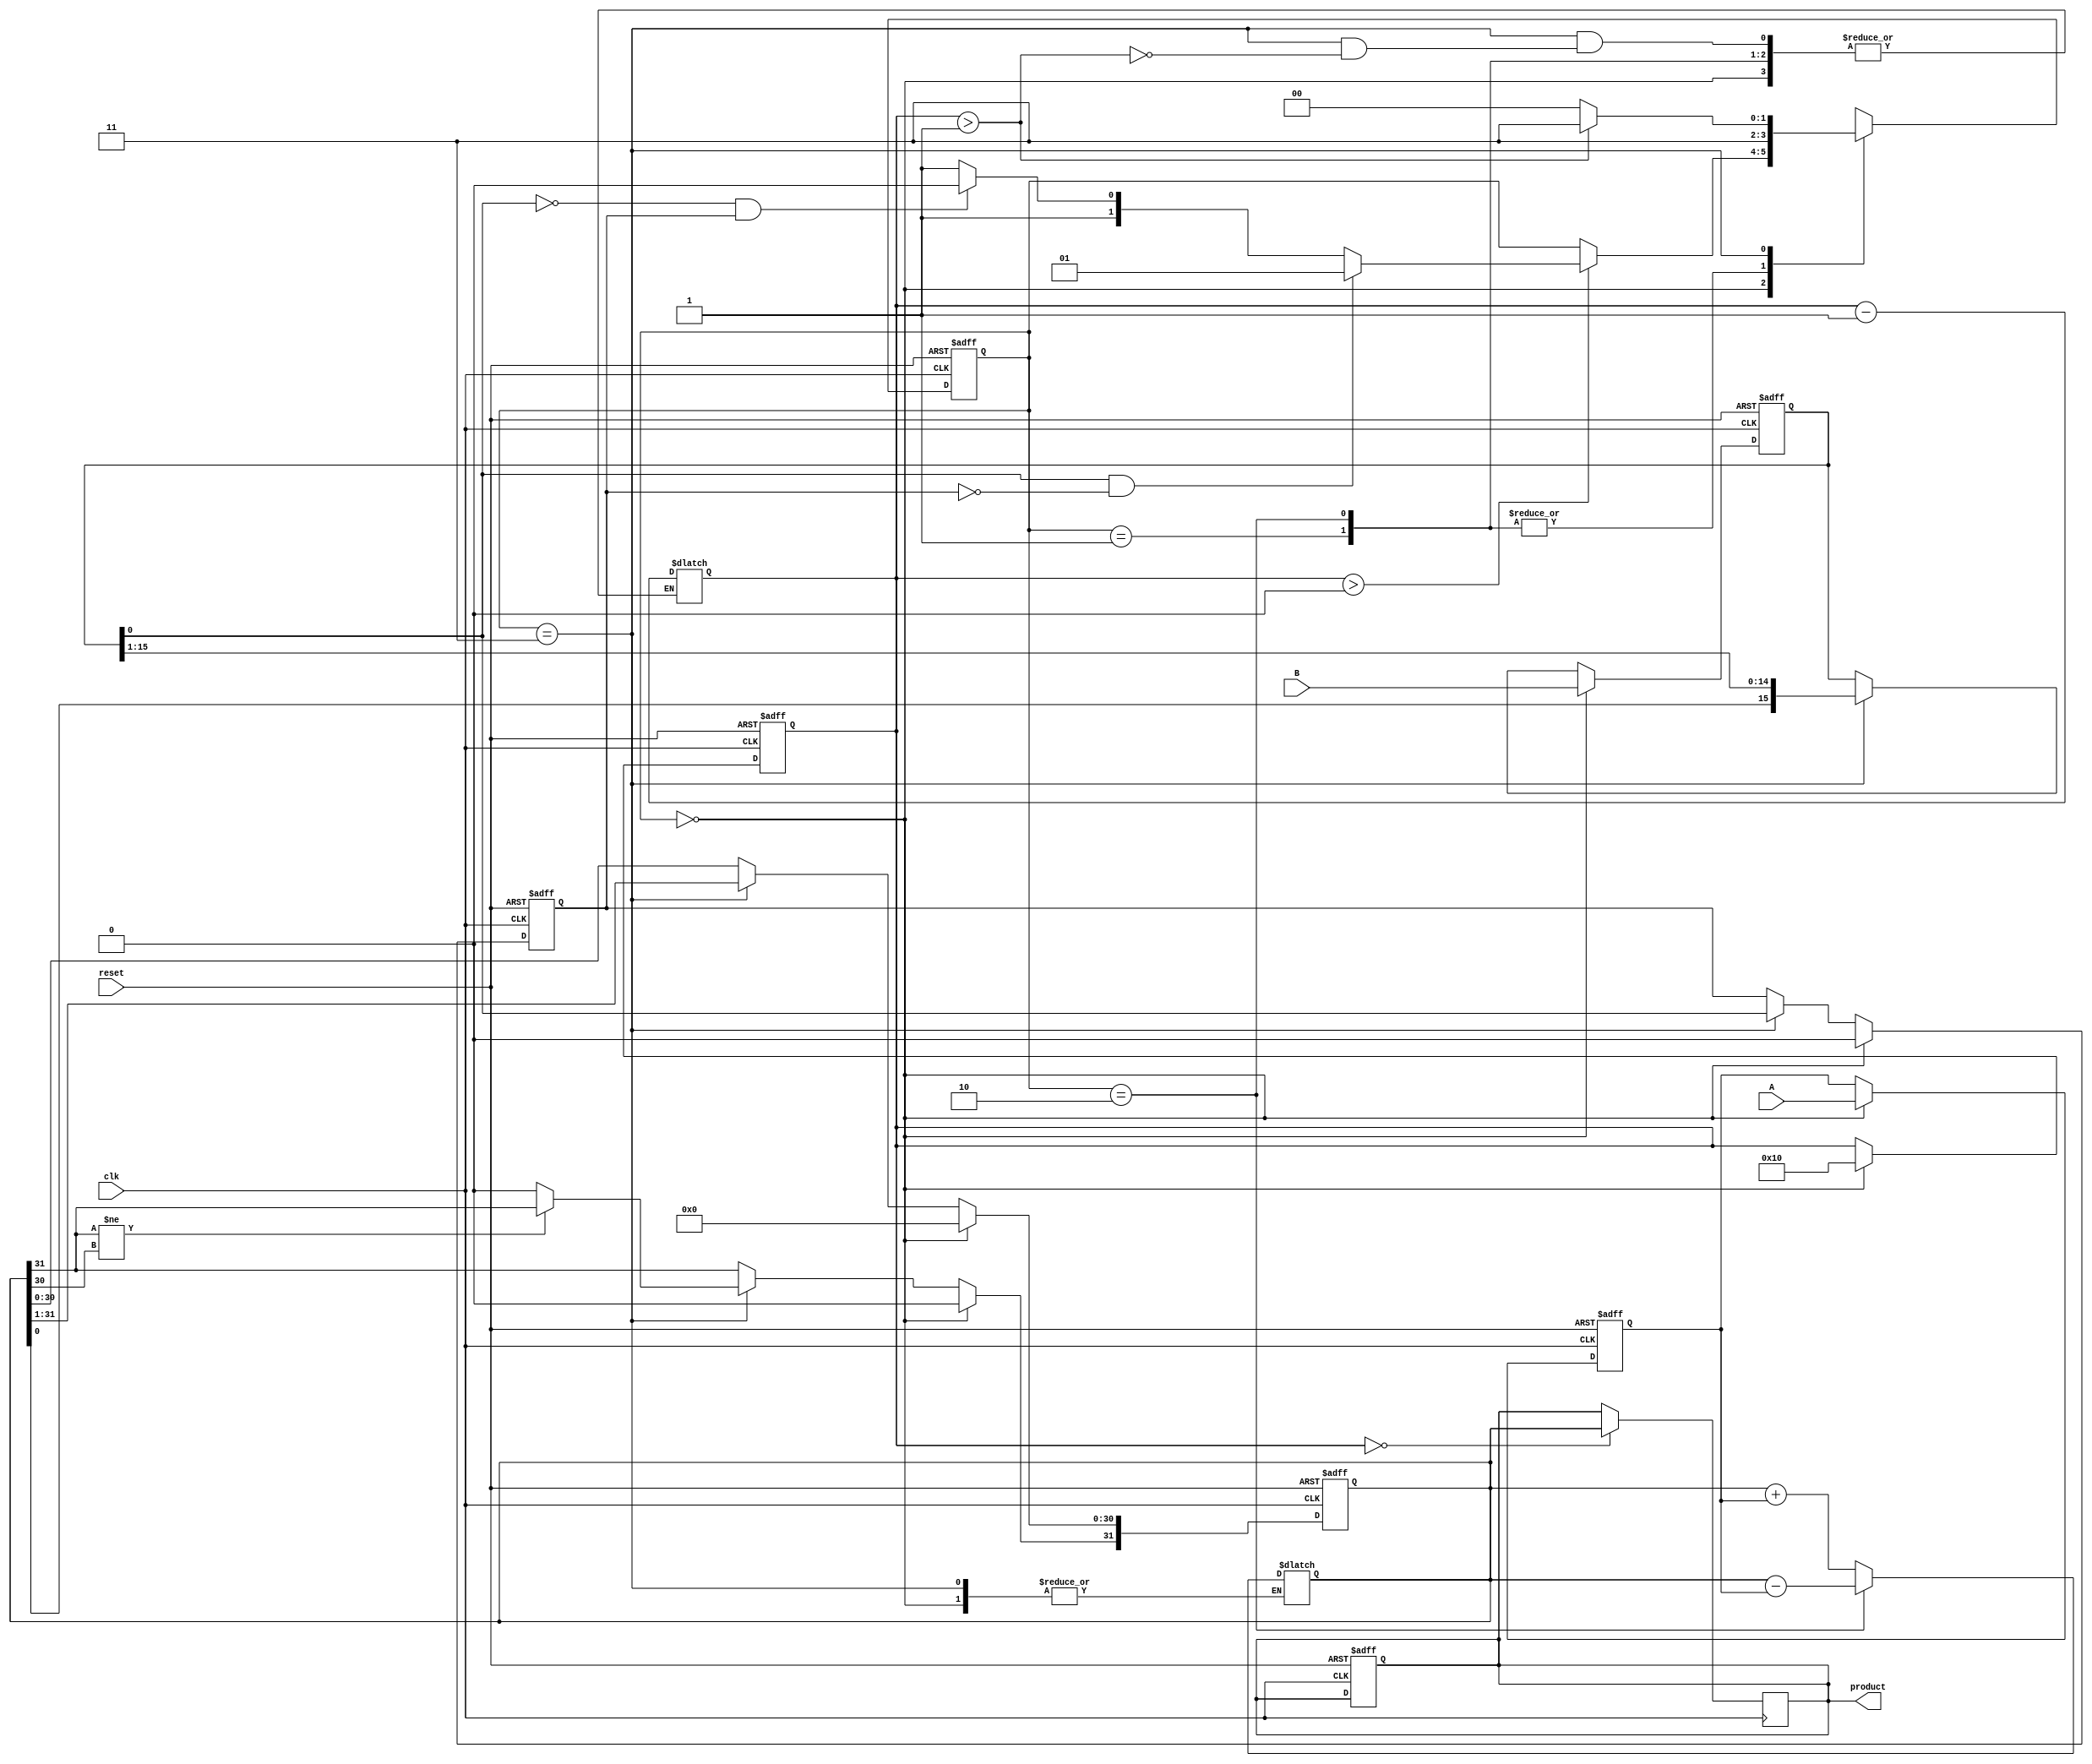
module modified_booth_multiplier (
    input wire [15:0] A,        // Multiplicand (signed)
    input wire [15:0] B,        // Multiplier (signed)
    input wire clk,             // Clock signal
    input wire reset,           // Reset signal
    output reg [31:0] product   // Product output (signed)
);

    reg [15:0] M;               // Multiplicand register
    reg [15:0] Q;               // Multiplier register
    reg [31:0] A_reg;           // Accumulator register
    reg [4:0] count;            // Count register

    reg Q_1;                    // Previous bit of Q

    // State definitions
    parameter IDLE = 2'b00,
              ADD = 2'b01,
              SUB = 2'b10,
              SHIFT = 2'b11;
    
    reg [1:0] state, next_state;

    // Sequential logic for state transitions
    always @(posedge clk or posedge reset) begin
        if (reset) begin
            state <= IDLE;
            M <= 0;
            Q <= 0;
            A_reg <= 0;
            count <= 0;
            Q_1 <= 0;
            product <= 0;
        end else begin
            state <= next_state;
            if (state == IDLE) begin
                M <= A;            // Load multiplicand
                Q <= B;            // Load multiplier
                A_reg <= 0;        // Clear accumulator
                count <= 16;       // Set count to the number of bits
                Q_1 <= 0;          // Initialize previous bit to 0
            end else if (state == SHIFT) begin
                // Prepare for shifting
                Q_1 <= Q[0];
                {A_reg, Q} <= {A_reg, Q} >> 1; // Shift A and Q
                if (A_reg[31] != A_reg[30]) begin
                    A_reg[31] <= A_reg[31]; // Maintain sign bit
                end
            end
        end
    end

    // Combinational logic for operations based on the state
    always @(*) begin
        next_state = state;
        case (state)
            IDLE: begin
                if (count > 0) begin
                    next_state = (Q[0] == 1 && Q_1 == 0) ? ADD :
                                 (Q[0] == 0 && Q_1 == 1) ? SUB : SHIFT;
                end
            end
            ADD: begin
                A_reg = A_reg + {16'b0, M}; // Add M to A_reg
                next_state = SHIFT;
            end
            SUB: begin
                A_reg = A_reg - {16'b0, M}; // Subtract M from A_reg
                next_state = SHIFT;
            end
            SHIFT: begin
                if (count > 1) begin
                    count = count - 1; // Decrement count
                    next_state = SHIFT; // Continue shifting
                end else begin
                    next_state = IDLE; // Go back to IDLE to finish
                end
            end
        endcase
    end

    // Final product generation
    always @(posedge clk) begin
        if (count == 0) begin
            product <= A_reg; // Final product in accumulator
        end
    end

endmodule